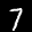
Label: 7